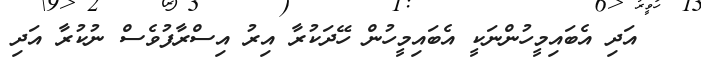
٦٧ އަދި އެބައިމީހުންނަކީ އެބައިމީހުން ހޭދަކުރާ އިރު އިސްރާފުވެސް ނުކުރާ އަދި